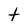
Character: t